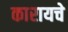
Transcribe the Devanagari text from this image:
कारायचे